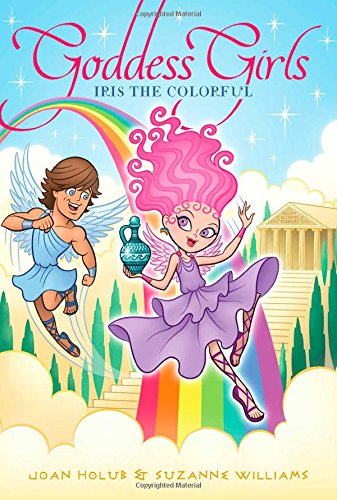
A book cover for Iris the Colorful (Goddess Girls); Joan Holub; Children's Books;